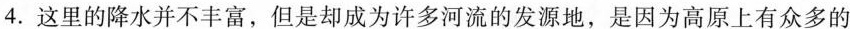
4.这里的降水并不丰富，但是却成为许多河流的发源地，是因为高原上有众多的